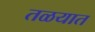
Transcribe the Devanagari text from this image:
तळयात